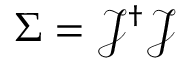
\Sigma = { \mathcal { J } } ^ { \dagger } { \mathcal { J } }